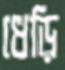
ধেড়ি